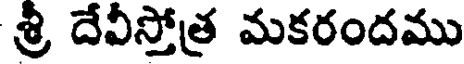
శ్రీ దేవీస్తోత్ర మకరందము